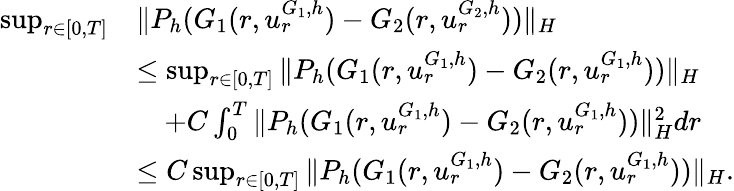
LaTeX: \begin{array}{rl}{\operatorname*{sup}_{r\in[0,T]}}&{\| P_{h}(G_{1}(r,u_{r}^{G_{1},h})-G_{2}(r,u_{r}^{G_{2},h}))\| _{H}}\\ &{\leq\operatorname*{sup}_{r\in[0,T]}\| P_{h}(G_{1}(r,u_{r}^{G_{1},h})-G_{2}(r,u_{r}^{G_{1},h}))\| _{H}}\\ &{\quad+C\int_{0}^{T}\| P_{h}(G_{1}(r,u_{r}^{G_{1},h})-G_{2}(r,u_{r}^{G_{1},h}))\| _{H}^{2}dr}\\ &{\le C\operatorname*{sup}_{r\in[0,T]}\| P_{h}(G_{1}(r,u_{r}^{G_{1},h})-G_{2}(r,u_{r}^{G_{1},h}))\| _{H}.}\end{array}